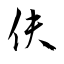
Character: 伕